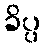
ခိပ္ပ